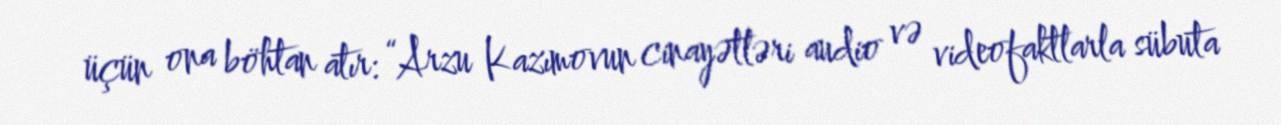
üçün ona böhtan atır: “Arzu Kazımovun cinayətləri audio və videofaktlarla sübuta